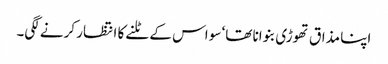
اپنا مذاق تھوڑی بنوانا تھا‘ سو اس کے ٹلنے کا انتظار کرنے لگی۔